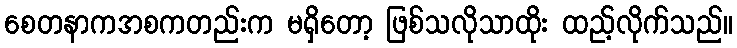
စေတနာကအစကတည်းက မရှိတော့ ဖြစ်သလိုသာထိုး ထည့်လိုက်သည်။